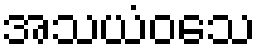
အသယံဝသေ